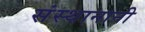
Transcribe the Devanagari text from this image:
संस्थानानी